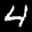
Label: 4